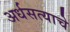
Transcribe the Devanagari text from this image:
अर्धसत्याचे